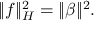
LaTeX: \| f \| _ { H } ^ { 2 } = \| \beta \| ^ { 2 } .